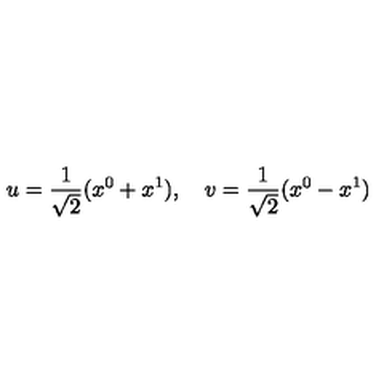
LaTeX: u = \frac 1 { \sqrt { 2 } } ( x ^ { 0 } + x ^ { 1 } ) , \quad v = \frac 1 { \sqrt { 2 } } ( x ^ { 0 } - x ^ { 1 } )